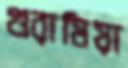
গুরামিয়া